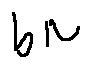
b N